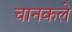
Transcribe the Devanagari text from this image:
चानकले